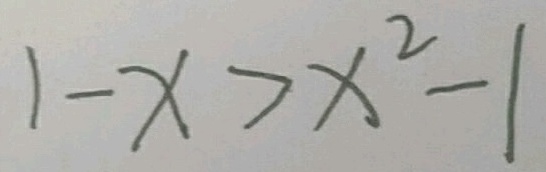
1 - x > x ^ { 2 } - 1